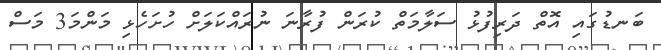
ބަނޑުގައި އޮތް ދަރިފުޅު ސަލާމަތް ކުރަން ފުރާނަ ނުރައްކަލަށް ހުށަހެޅި މަންމަ3 މަސް